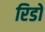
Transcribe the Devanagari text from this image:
रिडों